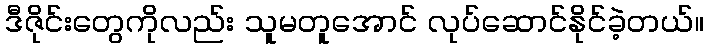
ဒီဇိုင်းတွေကိုလည်း သူမတူအောင် လုပ်ဆောင်နိုင်ခဲ့တယ်။